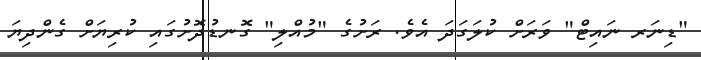
"ޑިނަރ ނައިޓް" ވަރަށް ކުލަގަދަ އެވެ. ރަށުގެ "މުއްލި" ގޮނޑުދޮށުގައި ކުރިޔަށް ގެންދިޔަ